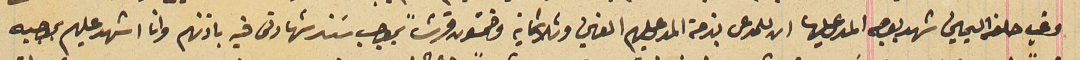
وفي حلفه اليمين شهد بوجه المدعى عليها ان للمدعى بذمة المدعى عليهم الفين وثلاثماية وخمسَون قرشاً بموجب سَند شهادتى فيه باذنهم وانا اشهد عليهم بموجبه